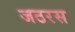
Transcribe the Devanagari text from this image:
जठरस